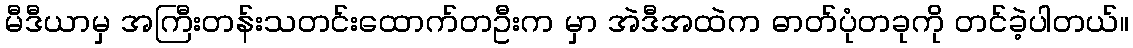
မီဒီယာမှ အကြီးတန်းသတင်းထောက်တဦးက မှာ အဲဒီအထဲက ဓာတ်ပုံတခုကို တင်ခဲ့ပါတယ်။